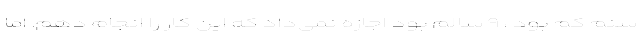
سنم کم بود ، ۹ سالم بود اجازه نمی‌داد که این کار را انجام دهم. اما